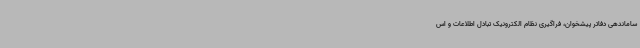
ساماندهی دفاتر پیشخوان، فراگیری نظام الکترونیک تبادل اطلاعات و اس